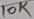
Text: 10K